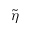
\tilde { \eta }